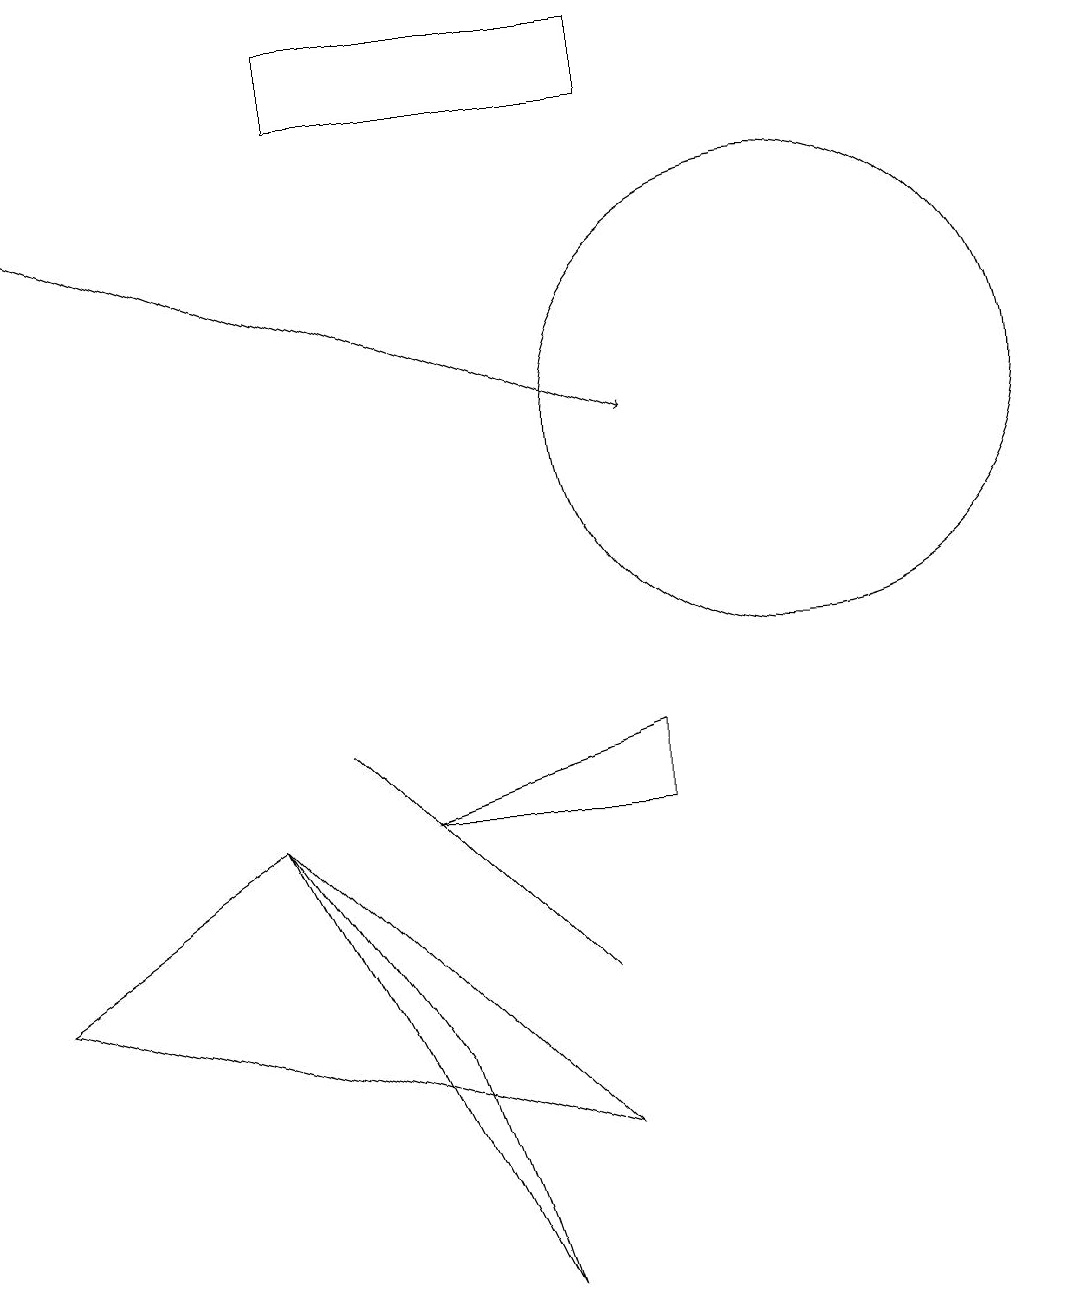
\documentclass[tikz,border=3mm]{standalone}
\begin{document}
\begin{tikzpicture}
\draw (10,12) circle (3);
\draw (6,6) -- (7,5) -- (4,8) -- cycle;
\draw (4,16) rectangle (8,17);
\draw (5,4) -- (6,1) -- (3,7) -- cycle;
\draw (5,7) -- (8,8) -- (8,7) -- cycle;
\draw (0,5) -- (3,7) -- (7,3) -- cycle;
\draw[->] (0,15) -- (8,12);
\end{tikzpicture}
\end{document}